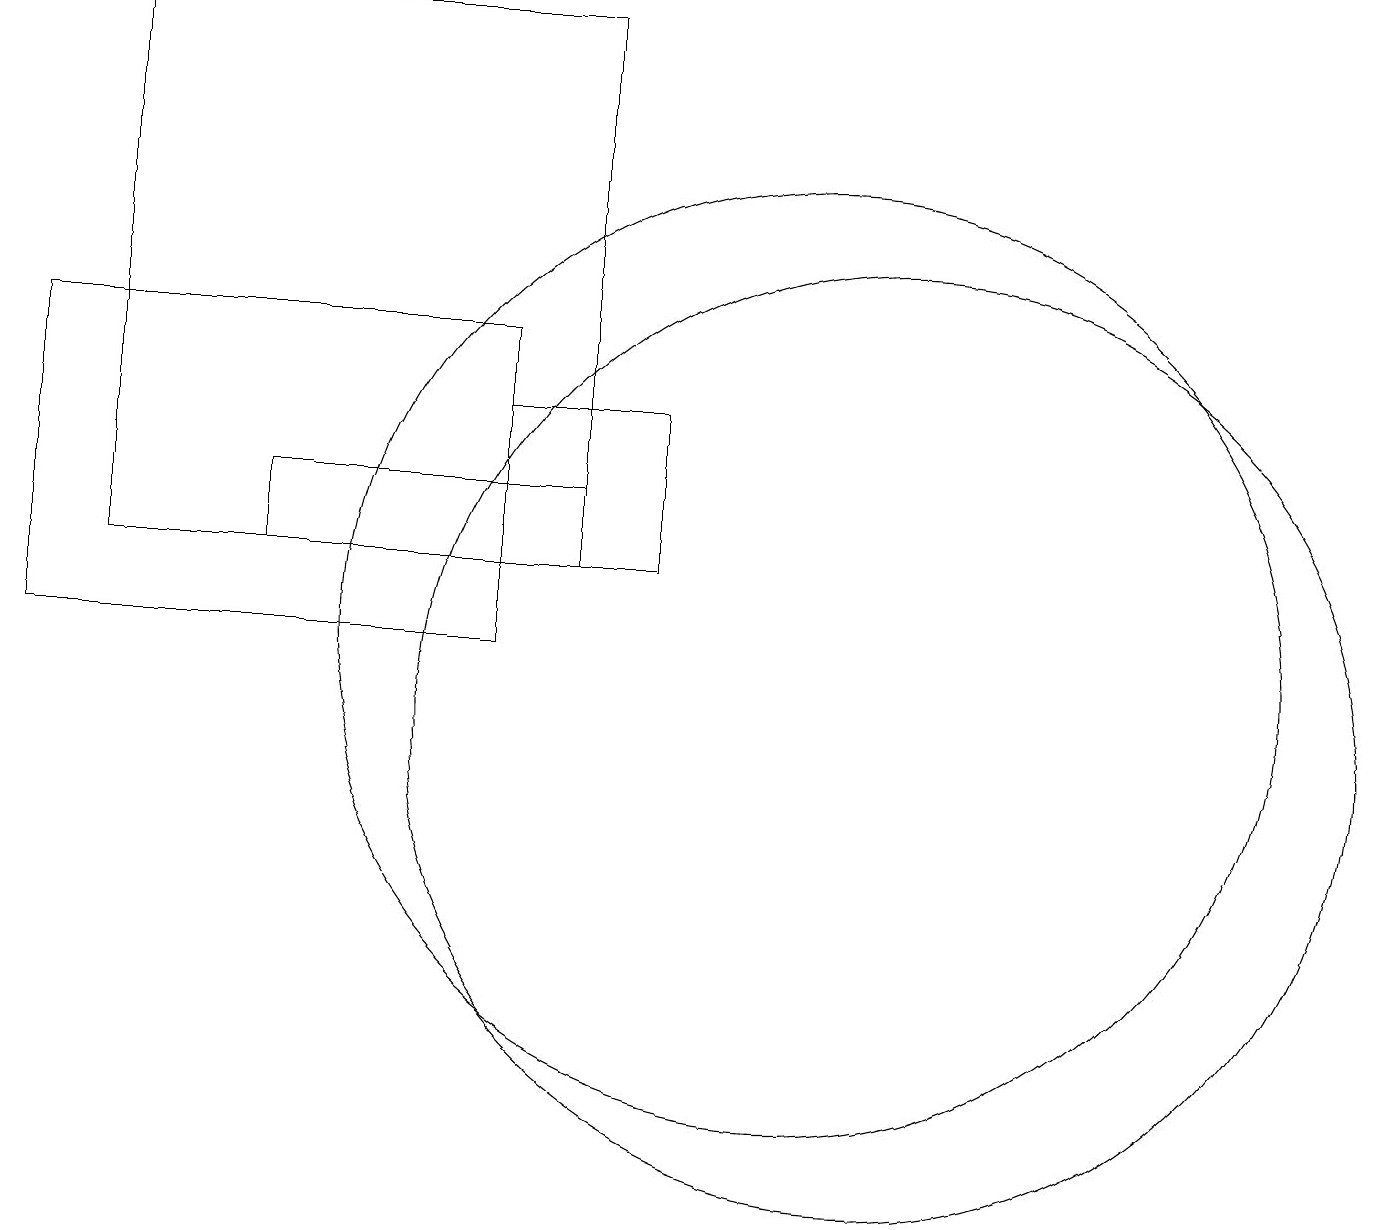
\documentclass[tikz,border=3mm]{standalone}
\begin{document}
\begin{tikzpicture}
\draw (8,14) rectangle (6,12);
\draw (7,19) rectangle (1,12);
\draw (3,12) rectangle (7,13);
\draw (10,11) circle (6);
\draw (0,11) rectangle (6,15);
\draw (11,10) circle (6);
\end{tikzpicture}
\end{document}